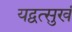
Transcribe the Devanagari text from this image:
यद्वत्सुखं